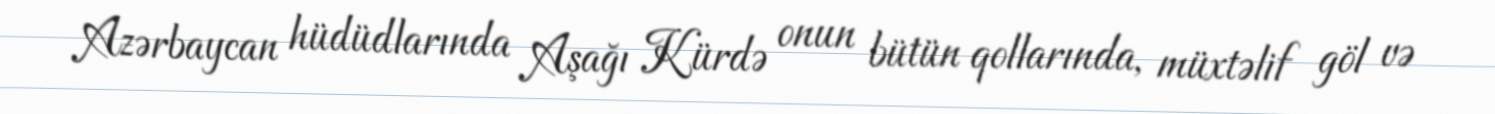
Azərbaycan hüdüdlarında Aşağı Kürdə onun bütün qollarında, müxtəlif göl və